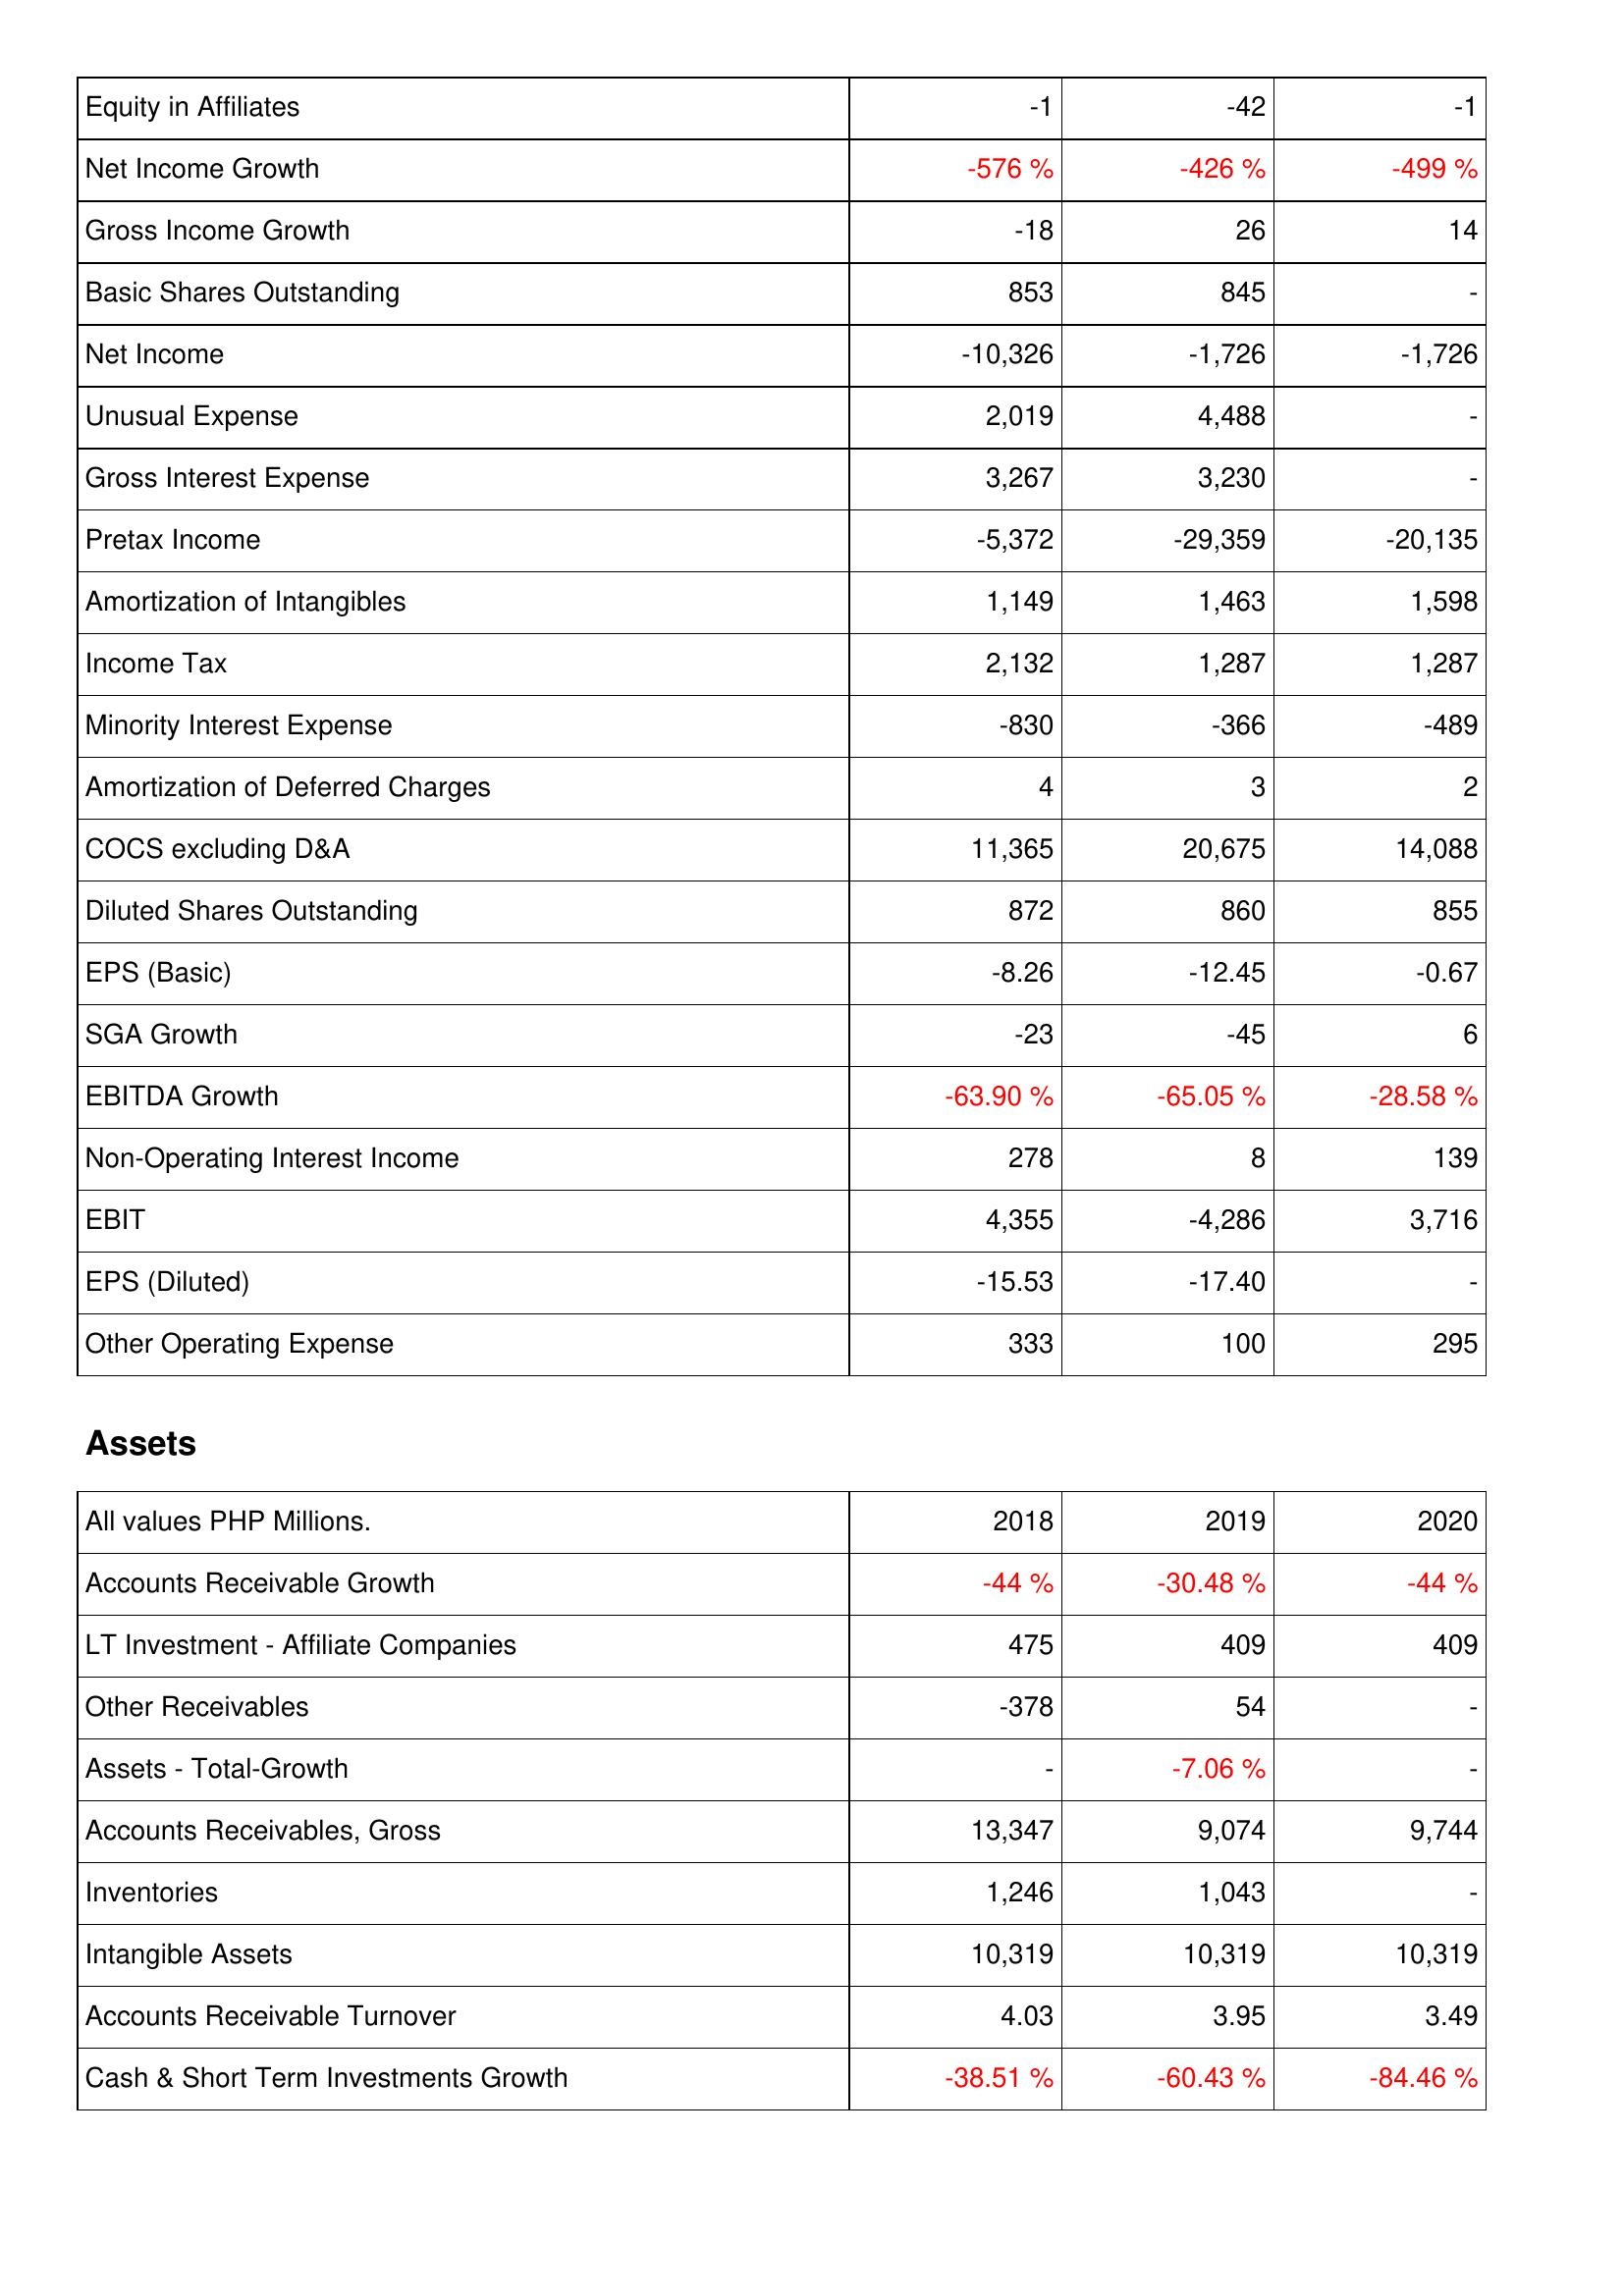
2018: Income Statement: Equity in Affiliates: -1
Net Income Growth: -576 %
Gross Income Growth: -18
Basic Shares Outstanding: 853
Net Income: -10,326
Unusual Expense: 2,019
Gross Interest Expense: 3,267
Pretax Income: -5,372
Amortization of Intangibles: 1,149
Income Tax: 2,132
Minority Interest Expense: -830
Amortization of Deferred Charges: 4
COCS excluding D&A: 11,365
Diluted Shares Outstanding: 872
EPS (Basic): -8.26
SGA Growth: -23
EBITDA Growth: -63.90 %
Non-Operating Interest Income: 278
EBIT: 4,355
EPS (Diluted): -15.53
Other Operating Expense: 333
Assets: Accounts Receivable Growth: -44 %
LT Investment - Affiliate Companies: 475
Other Receivables: -378
Assets - Total-Growth: -
Accounts Receivables, Gross: 13,347
Inventories: 1,246
Intangible Assets: 10,319
Accounts Receivable Turnover: 4.03
Cash & Short Term Investments Growth: -38.51 %
2019: Income Statement: Equity in Affiliates: -42
Net Income Growth: -426 %
Gross Income Growth: 26
Basic Shares Outstanding: 845
Net Income: -1,726
Unusual Expense: 4,488
Gross Interest Expense: 3,230
Pretax Income: -29,359
Amortization of Intangibles: 1,463
Income Tax: 1,287
Minority Interest Expense: -366
Amortization of Deferred Charges: 3
COCS excluding D&A: 20,675
Diluted Shares Outstanding: 860
EPS (Basic): -12.45
SGA Growth: -45
EBITDA Growth: -65.05 %
Non-Operating Interest Income: 8
EBIT: -4,286
EPS (Diluted): -17.40
Other Operating Expense: 100
Assets: Accounts Receivable Growth: -30.48 %
LT Investment - Affiliate Companies: 409
Other Receivables: 54
Assets - Total-Growth: -7.06 %
Accounts Receivables, Gross: 9,074
Inventories: 1,043
Intangible Assets: 10,319
Accounts Receivable Turnover: 3.95
Cash & Short Term Investments Growth: -60.43 %
2020: Income Statement: Equity in Affiliates: -1
Net Income Growth: -499 %
Gross Income Growth: 14
Basic Shares Outstanding: -
Net Income: -1,726
Unusual Expense: -
Gross Interest Expense: -
Pretax Income: -20,135
Amortization of Intangibles: 1,598
Income Tax: 1,287
Minority Interest Expense: -489
Amortization of Deferred Charges: 2
COCS excluding D&A: 14,088
Diluted Shares Outstanding: 855
EPS (Basic): -0.67
SGA Growth: 6
EBITDA Growth: -28.58 %
Non-Operating Interest Income: 139
EBIT: 3,716
EPS (Diluted): -
Other Operating Expense: 295
Assets: Accounts Receivable Growth: -44 %
LT Investment - Affiliate Companies: 409
Other Receivables: -
Assets - Total-Growth: -
Accounts Receivables, Gross: 9,744
Inventories: -
Intangible Assets: 10,319
Accounts Receivable Turnover: 3.49
Cash & Short Term Investments Growth: -84.46 %